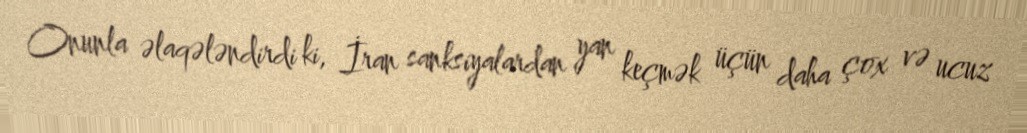
Onunla əlaqələndirdi ki, İran sanksiyalardan yan keçmək üçün daha çox və ucuz